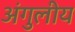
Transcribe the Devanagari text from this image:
अंगुलीय